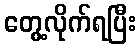
တွေ့လိုက်ရပြီး